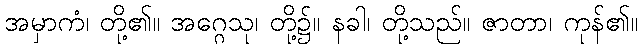
အမှာကံ၊ တို့၏။ အဂ္ဂေသု၊ တို့၌။ နခါ၊ တို့သည်။ ဇာတာ၊ ကုန်၏။